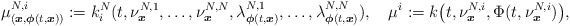
\begin{align*}\mu_{(\boldsymbol{x},\boldsymbol{\phi}(t,\boldsymbol{x}))}^{N,i}:=k_i^N(t,\nu^{N,1}_{\boldsymbol{x}},\ldots,\nu^{N,N}_{\boldsymbol{x}},\lambda^{N,1}_{\boldsymbol{\phi}(t,\boldsymbol{x})},\ldots,\lambda^{N,N}_{\boldsymbol{\phi}(t,\boldsymbol{x})}),\quad\mu^i:=k\big(t,\nu^{N,i}_{\boldsymbol{x}},\Phi(t,\nu^{N,i}_{\boldsymbol{x}})\big),\end{align*}